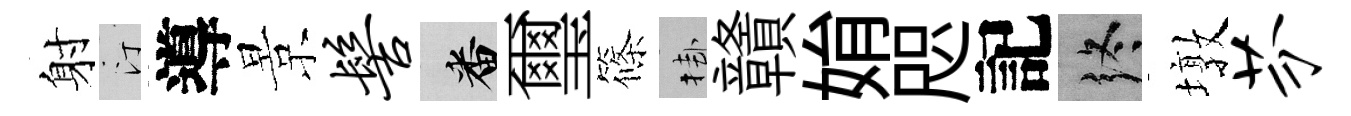
射汀導景髻番璽篠挂贛姢咫記终墩芬